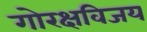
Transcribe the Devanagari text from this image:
गोरक्षविजय